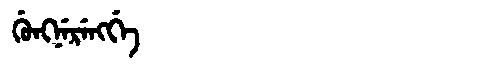
Manchu: ᡤᡠᠩᠨᡝᡵᡝᠩᡤᡝ
Romanization: GUNGNERENGGE